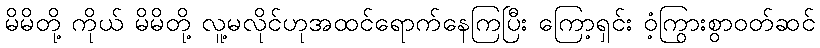
မိမိတို့ ကိုယ် မိမိတို့ လူ့မလိုင်ဟုအထင်ရောက်နေကြပြီး ကြော့ရှင်း ဝံ့ကြွားစွာဝတ်ဆင်